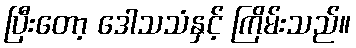
ပြီးတော့ ဒေါသသံနှင့် ကြိမ်းသည်။